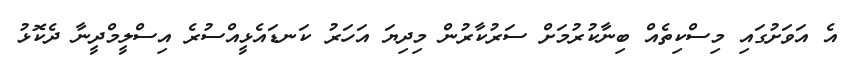
އެ އަވަށުގައި މިސްކިތެއް ބިނާކުރުމަށް ސަރުކާރުން މިދިޔަ އަހަރު ކަނޑައެޅީއްސުރެ އިސްލީމްދީނާ ދެކޮޅު